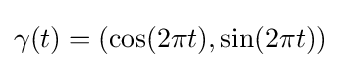
\gamma (t)=(\cos(2\pi t),\sin(2\pi t))